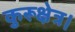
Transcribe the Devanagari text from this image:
कुरूक्षेत्र।